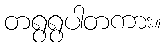
တရွရွပါတကား။